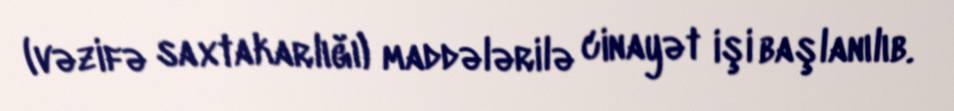
(vəzifə saxtakarlığı) maddələrilə cinayət işi başlanılıb.